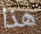
هذا